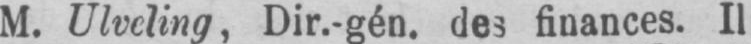
M. Ulveling, Dir.-gén. des finances. Il